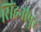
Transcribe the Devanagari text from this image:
सिंहनीपुर